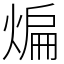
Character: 煸